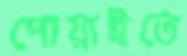
পোয়াইতে